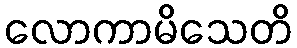
လောကာမိသေတိ